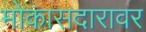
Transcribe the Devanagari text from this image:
मोकासदारावर